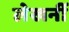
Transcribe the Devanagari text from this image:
लेखनीं